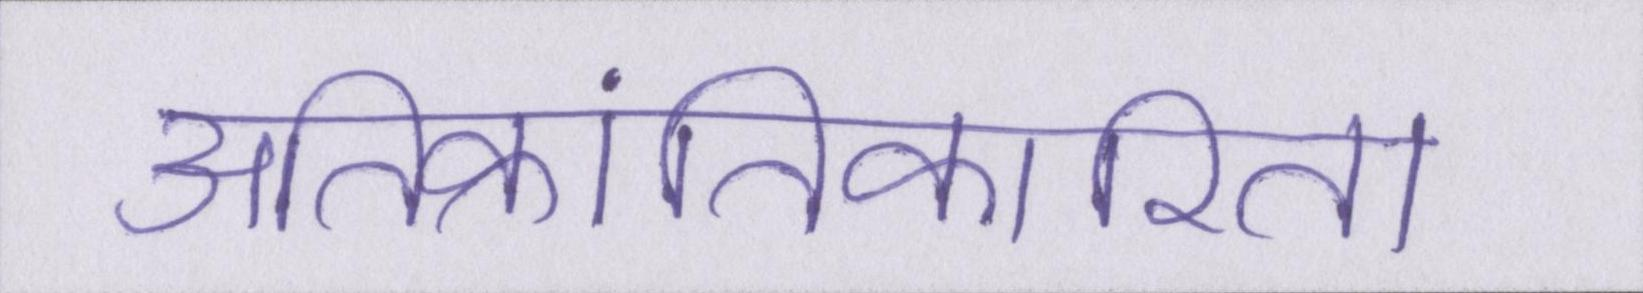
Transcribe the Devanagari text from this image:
अतिक्रांतिकारिता